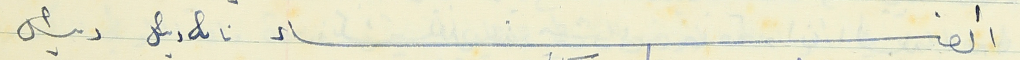
أعضاء نائب رئيس رئيس